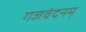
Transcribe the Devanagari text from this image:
गजवंदनम्